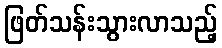
ဖြတ်သန်းသွားလာသည့်